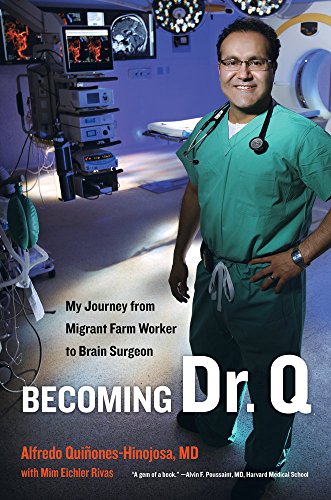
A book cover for Becoming Dr. Q: My Journey from Migrant Farm Worker to Brain Surgeon; Alfredo Quinones-Hinojosa; Politics & Social Sciences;